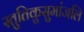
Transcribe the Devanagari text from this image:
स्तुतिकुसुमांजलि